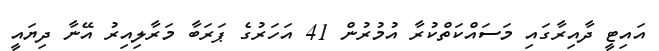
އައިޓީ ދާއިރާގައި މަސައްކަތްކުރާ އުމުރުން 41 އަހަރުގެ ޕަރަބާ މަރާލިއިރު އޭނާ ދިޔައީ